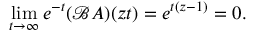
\operatorname* { l i m } _ { t \rightarrow \infty } e ^ { - t } ( { \mathcal { B } } A ) ( z t ) = e ^ { t ( z - 1 ) } = 0 .